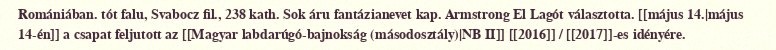
Romániában. tót falu, Svabocz fil., 238 kath. Sok áru fantázianevet kap. Armstrong El Lagót választotta. [[május 14.|május 14-én]] a csapat feljutott az [[Magyar labdarúgó-bajnokság (másodosztály)|NB II]] [[2016]] / [[2017]]-es idényére.